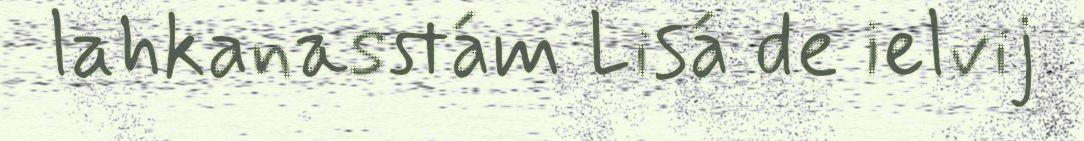
lahkanasstám Lisá de ielvij